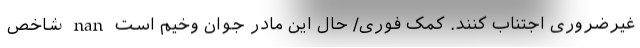
غیرضروری اجتناب کنند. کمک فوری/ حال این مادر جوان وخیم است nan شاخص